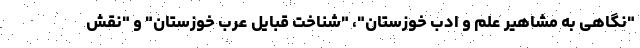
"نگاهی به مشاهیر علم و ادب خوزستان"، "شناخت قبایل عرب خوزستان" و "نقش